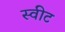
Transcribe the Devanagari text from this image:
स्‍वीट